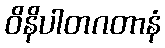
ဝိနိပါတဂတာနံ